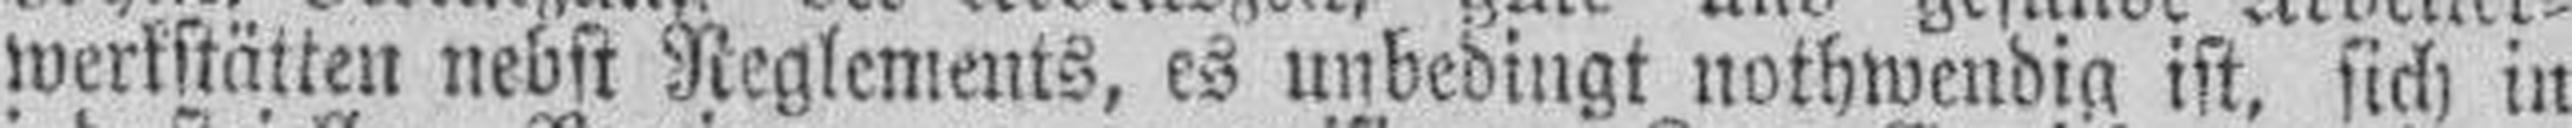
werkstätten nebst Reglements, es unbedingt nothwendig ist, sich in